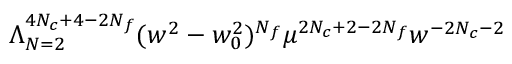
\Lambda _ { N = 2 } ^ { 4 N _ { c } + 4 - 2 N _ { f } } ( w ^ { 2 } - w _ { 0 } ^ { 2 } ) ^ { N _ { f } } \mu ^ { 2 N _ { c } + 2 - 2 N _ { f } } w ^ { - 2 N _ { c } - 2 }